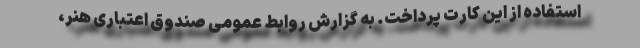
استفاده از این کارت پرداخت. به گزارش روابط عمومی صندوق اعتباری هنر،